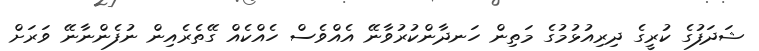
ޝަދަފުގެ ކުރީގެ ދިރިއުޅުމުގެ މަތިން ހަނދާންކުރުވާނޭ އެއްވެސް ހެއްކެއް ގޭތެރެއިން ނުފެންނާނޭ ވަރަށް